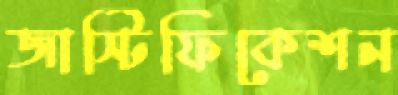
জাস্টিফিকেশন